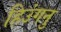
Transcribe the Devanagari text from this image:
हिउंगनु